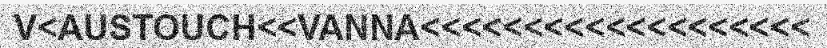
V<AUSTOUCH<<VANNA<<<<<<<<<<<<<<<<<<<